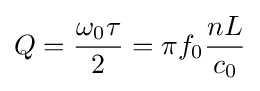
Q={\omega _{0}\tau  \over 2}=\pi f_{0}{nL \over c_{0}}